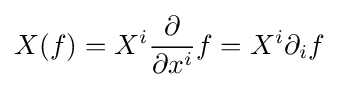
X(f)=X^{i}{\frac {\partial }{\partial x^{i}}}f=X^{i}\partial _{i}f